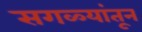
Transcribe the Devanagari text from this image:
सगळ्यांतून